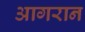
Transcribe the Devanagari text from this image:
आगरान